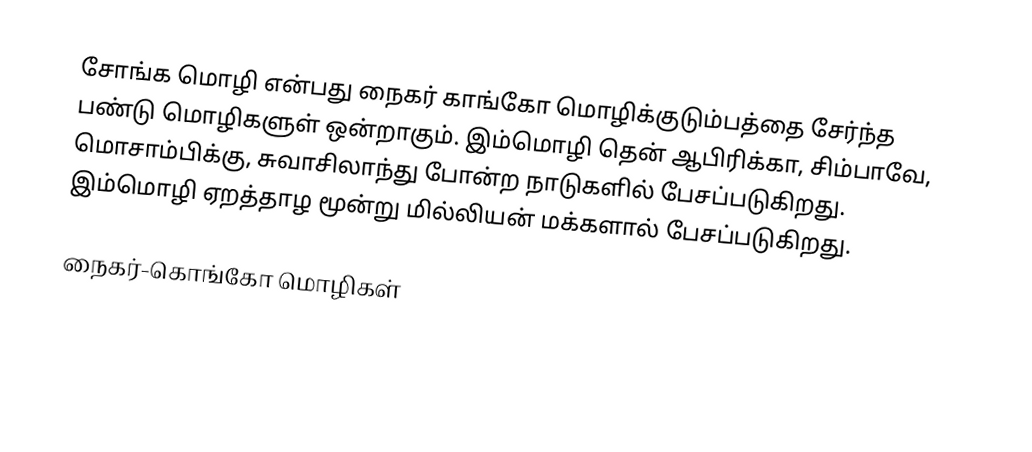
சோங்க மொழி என்பது நைகர் காங்கோ மொழிக்குடும்பத்தை சேர்ந்த பண்டு மொழிகளுள் ஒன்றாகும். இம்மொழி தென் ஆபிரிக்கா, சிம்பாவே, மொசாம்பிக்கு, சுவாசிலாந்து போன்ற நாடுகளில் பேசப்படுகிறது. இம்மொழி ஏறத்தாழ மூன்று மில்லியன் மக்களால் பேசப்படுகிறது.

நைகர்-கொங்கோ மொழிகள்